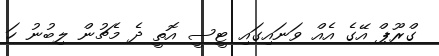
ގްރޫޕް އޭގެ އެއް ވަނައިގައި ޓީސީ އޮތީ ދެ މެޗުން ލިބުނު ހަ